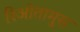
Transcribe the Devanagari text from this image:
रिओतामुस